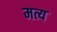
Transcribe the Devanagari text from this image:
मत्य